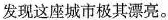
发现这座城市极其漂亮。